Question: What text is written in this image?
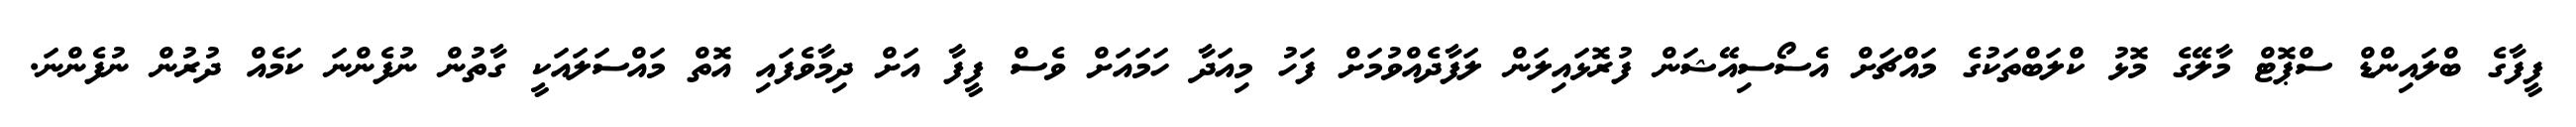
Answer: ފީފާގެ ބްލައިންޑް ސްޕޮޓް މާލޭގެ މޮޅު ކްލަބްތަކުގެ މައްޗަށް އެސޯސިއޭޝަން ފުރޮޅައިލަން ލަފާދެއްވުމަށް ފަހު މިއަދާ ހަމައަށް ވެސް ފީފާ އަށް ދިމާވެފައި އޮތް މައްސަލައަކީ ގާތުން ނުފެންނަ ކަމެއް ދުރުން ނުފެންނަ.